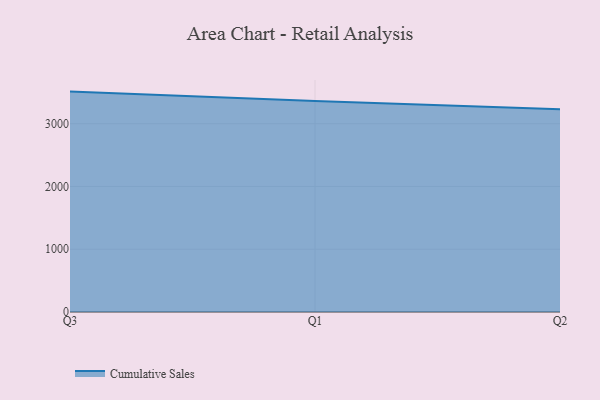
{"axis": {"x": "Quarter", "y": "Customer Acquisition Cost (USD)"}, "legend": ["Cumulative Sales"], "data": [{"x": "Q3", "y": 3511.7, "type": "Cumulative Sales"}, {"x": "Q1", "y": 3361.7, "type": "Cumulative Sales"}, {"x": "Q2", "y": 3231.6, "type": "Cumulative Sales"}]}